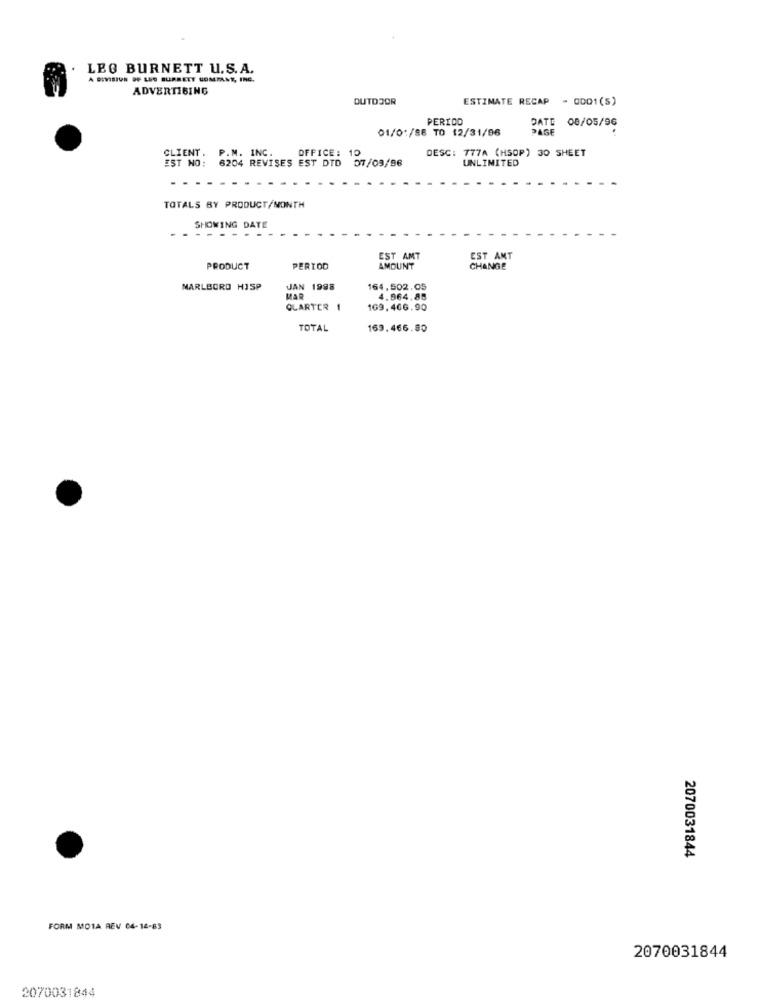
LEO BURNETT U.S.A.
A DIVISION OF LEO BURNETT COMPANE, INC.
ADVERTISING
OUTDOOR
ESTIMATE RECAP - OD01(S)
PERIOD
DATE
08/05/96
01/01/86 TO 12/31/06
SAGE
OFFICE: 10
DESC: 777A (HSOP) 30 SHEET
EST NO: 6204 REVISES EST DTD
CLIENT.
P.M. INC.
UNLIMITED
07/09/96
TOTALS BY PRODUCT/MONTH
SHOWING DATE
- -.
EST AMT
EST AMT
PRODUCT
PERIOD
AMOUNT
CHANGE
MARLBORO HJSP
JAN 1998
164,502.05
MAR
4.964.85
GLARTER 1
169,466.90
TOTAL
169.466.80
2070031844
FORM MOTA REV 04-14-83
2070031844
2070031844